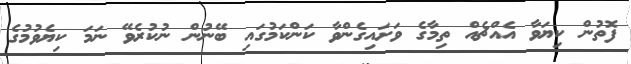
ފޮތުން ކިޔަވާ އެއްޗެއް ތިމާގެ ވަށައިގެންވާ ކަންކަމުގައި ބޭނުން ނުކުރެވޭ ނަމަ ކިޔެވުމުގެ